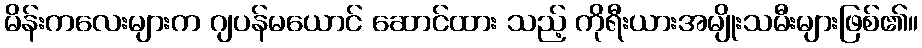
မိန်းကလေးများက ဂျပန်မယောင် ဆောင်ထား သည့် ကိုရီးယားအမျိုးသမီးများဖြစ်၏။